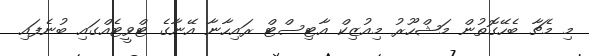
މި މެޗާ ބެހޭގޮތުން މަޝްހޫރު މިއުޒިކް އާޓިސްޓް ރައިހާނާ އޭނާގެ ޓްވީޓެއްގައި ބުނެފައި